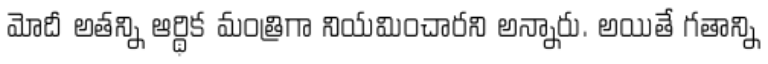
మోదీ అతన్ని ఆర్థిక మంత్రిగా నియమించారని అన్నారు. అయితే గతాన్ని